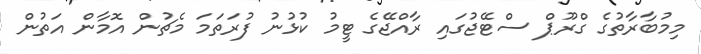
މިމުބާރާތުގެ ގްރޫޕް ސްޓޭޖުގައި ރާއްޖޭގެ ޓީމު ކުޅުނު ފުރަތަމަ މެޗުން އޮމާން އަތުން